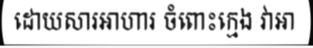
ដោយសារអាហារ ចំពោះក្មេង វាអា